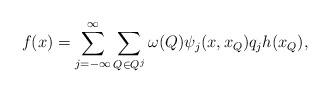
LaTeX: \begin{align*} f(x)=\sum\limits_{j=-\infty}^\infty\sum\limits_{Q\in Q^j}\omega(Q) \psi_{j}(x,x_{Q})q_{j} h(x_{Q}), \end{align*}